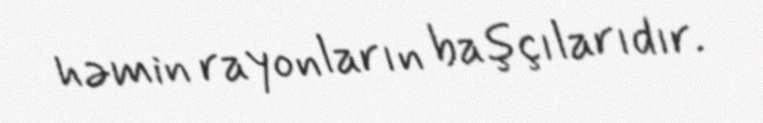
həmin rayonların başçılarıdır.